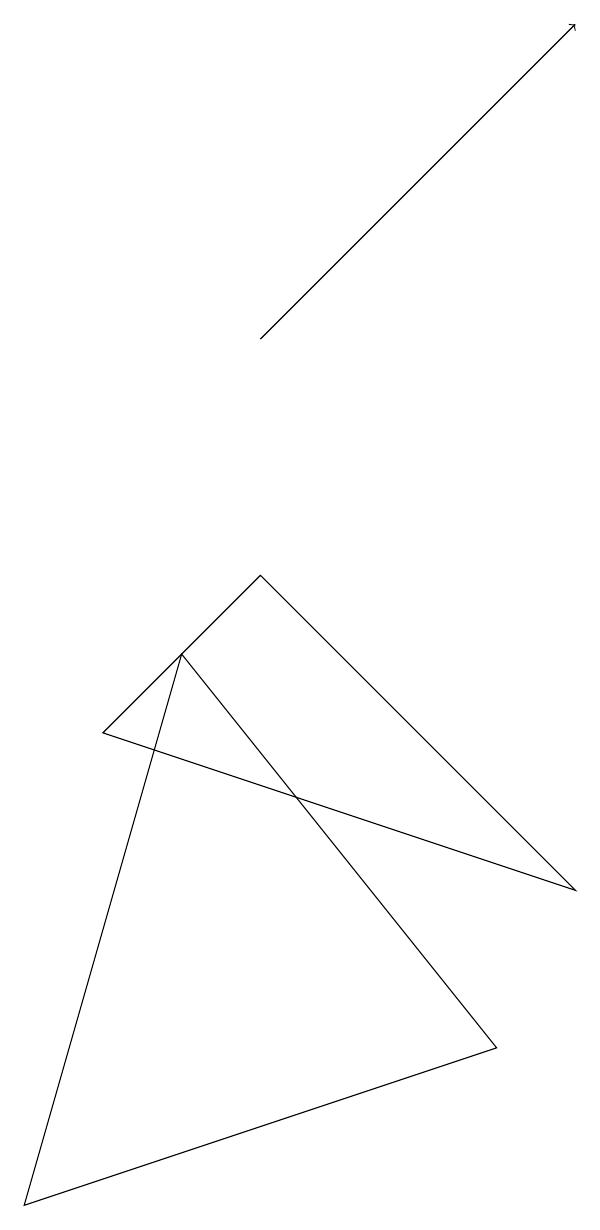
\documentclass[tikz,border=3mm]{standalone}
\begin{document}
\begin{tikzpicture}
\draw (7,4) -- (1,6) -- (3,8) -- cycle;
\draw (6,2) -- (0,0) -- (2,7) -- cycle;
\draw[->] (3,11) -- (7,15);
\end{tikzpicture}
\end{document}